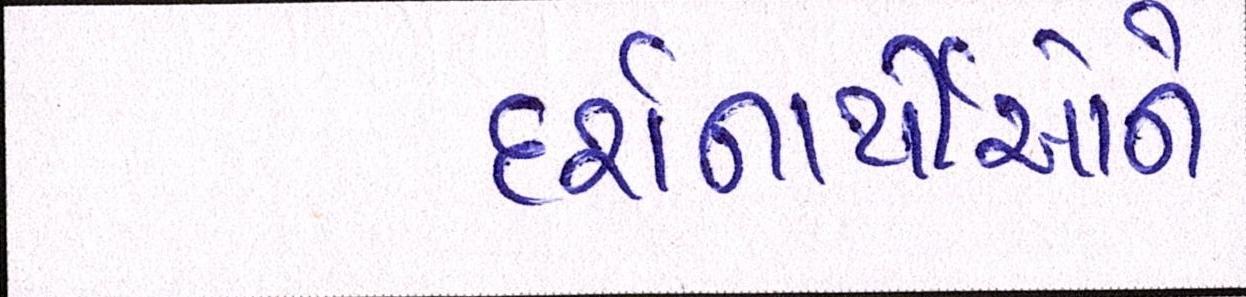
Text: દર્શનાર્થીઓને